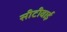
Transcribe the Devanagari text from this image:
सीटीवाई